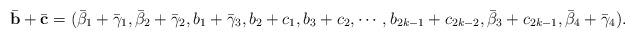
LaTeX: \begin{align*}\bar{\mathbf{b}}+\bar{\mathbf{c}}=(\bar{\beta}_1+\bar{\gamma}_1,\bar{\beta}_2+\bar{\gamma}_2,b_1+\bar{\gamma}_3,b_2+c_1,b_3+c_2,\cdots,b_{2k-1}+c_{2k-2},\bar{\beta}_3+c_{2k-1},\bar{\beta}_4+\bar{\gamma}_4).\end{align*}